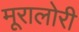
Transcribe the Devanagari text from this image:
मूरालोरी